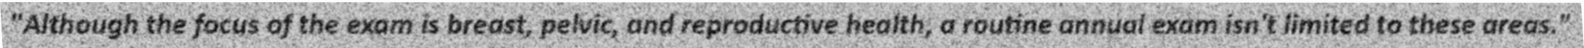
"Although the focus of the exam is breast, pelvic, and reproductive health, a routine annual exam isn't limited to these areas."